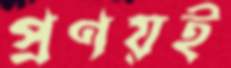
প্রণয়ই